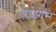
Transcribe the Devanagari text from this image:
प्लाझास